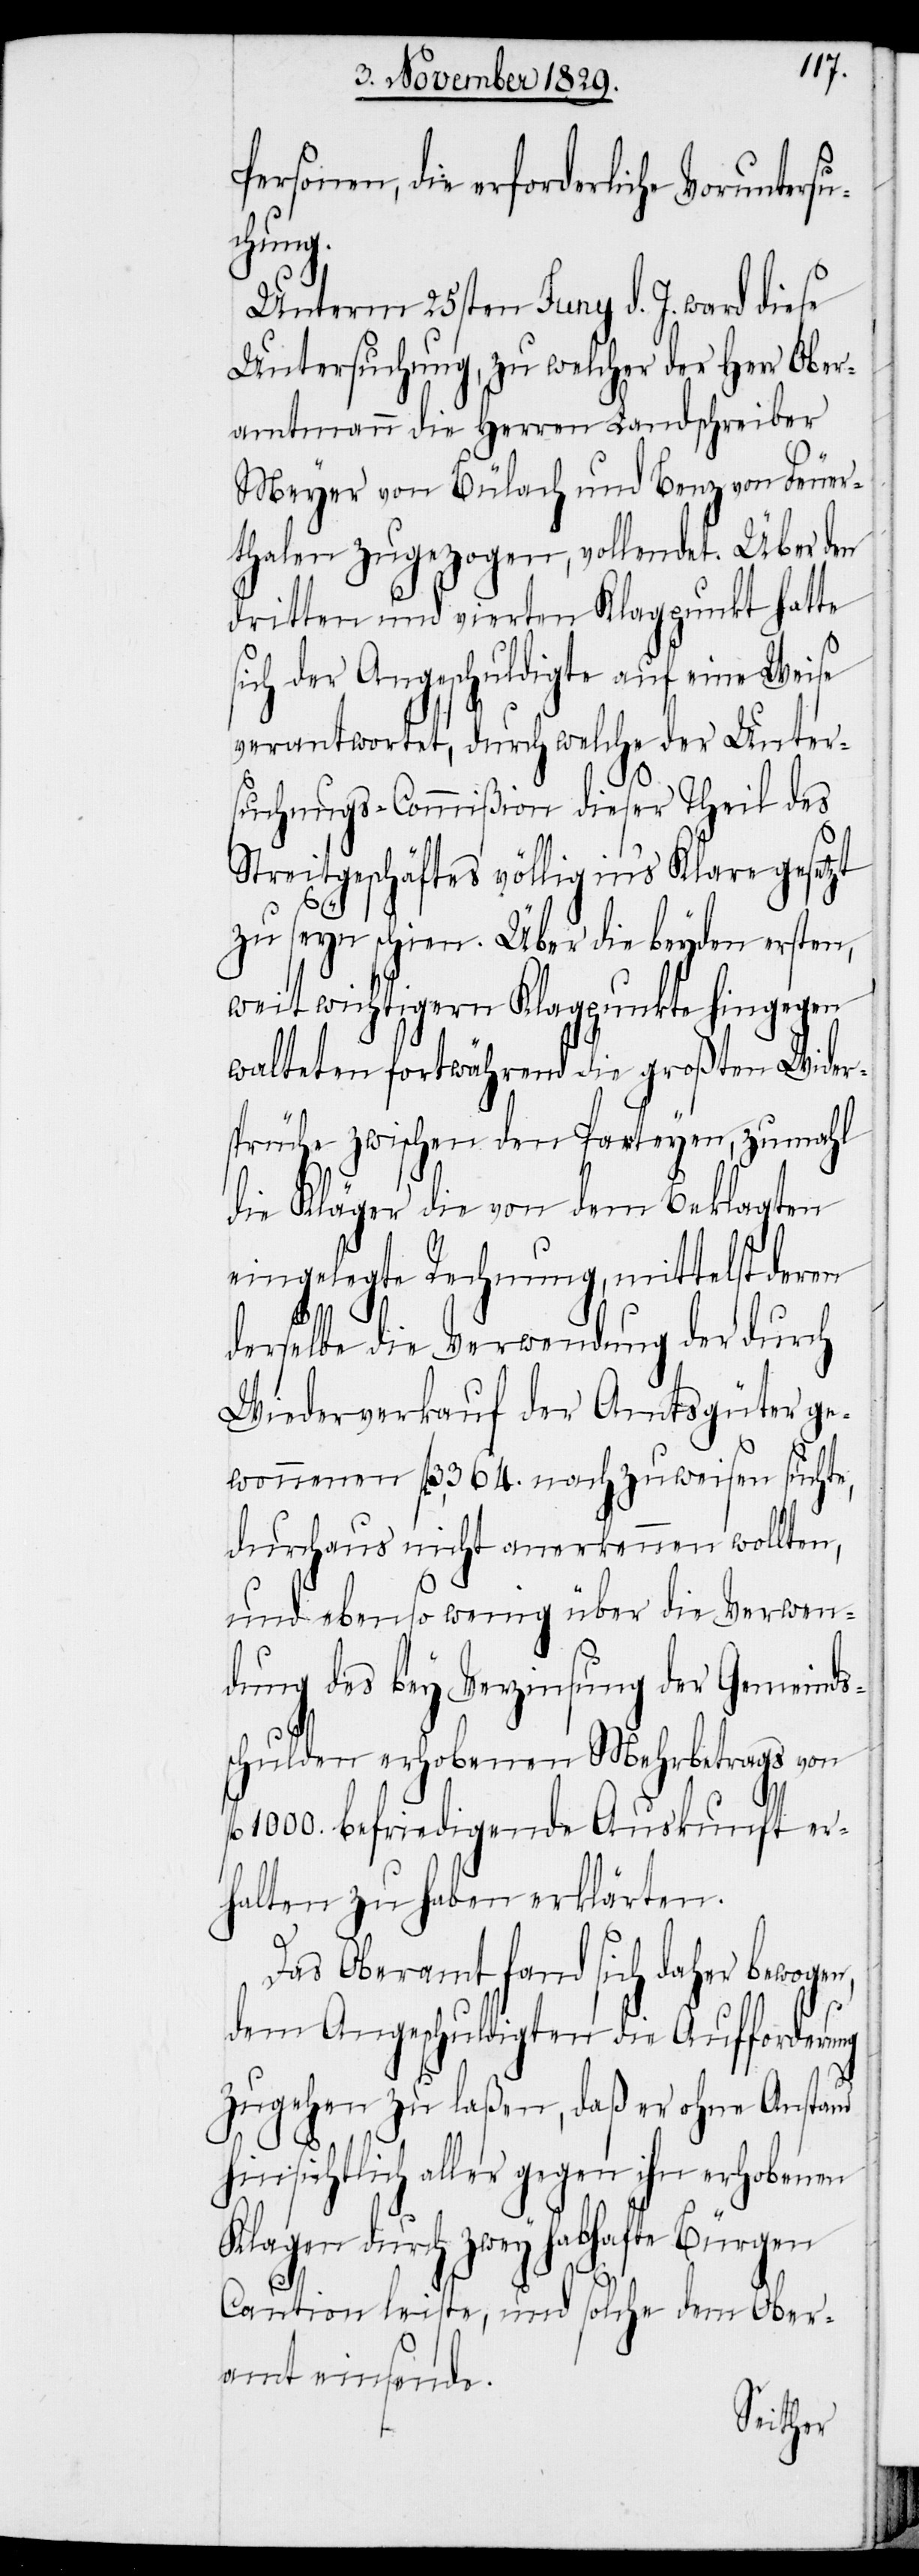
Personen, die erforderliche Vorun¬
en,
Unterm 25sten Juny d. J. ward diese
Untersuchung, zu welcher der Herr Ober¬
amtmann die Herren Landschreiber
Meyer von Bülach und Benz von Feuer¬
thalen zugezogen, vollendet. Über den
dritten und vierten Klagpunkt hatte
sich der Angeschuldigte auf eine Weise
verantwortet, durch welche der Unter¬
suchungs-Commißion dieser Theil des
Streitgeschäftes völlig ins Klare gesetzt
zu seyn schien. Über die beyden ersten,
weit wichtigern Klagpunkte hingegen
walteten fortwährend die großten [sic!]
sprüche zwischen den Parteyen, zumahl
die Kläger die von dem Beklagten
eingelegte Rechnung, mittelst deren
derselbe die Verwendung der durch
Wiederverkauf der Amtsgüter ge¬
wonnenen fl. 3,364. nachzuweisen suchte,
durchaus nicht anerkennen wollten,
und ebenso wenig über die Verwen¬
dung des bey Verzinsung der Gemeinds¬
schulden erhobenen Mehrbetrags von
1000. befriedigende Auskunft er¬
halten zu haben erklärten.
Das Oberamt fand sich daher bewog¬
dem Angeschuldigten die Aufforderung
zugehen zu laßen, daß er ohne Anstand
hinsichtlich aller gegen ihn erhobenen
Klagen durch zwey habhafte Bürgen
Caution leiste, und solche dem Ober¬
amt einsende.